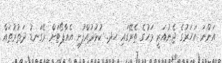
އަންނަ އަހަރުގެ ޖެނުއަރީ މަހުގެ ތެރޭގައި ހދ. ކުޅުދުއްފުށި އެއާޕޯޓަށް ރޭގަނޑު ދަތުރުތައް